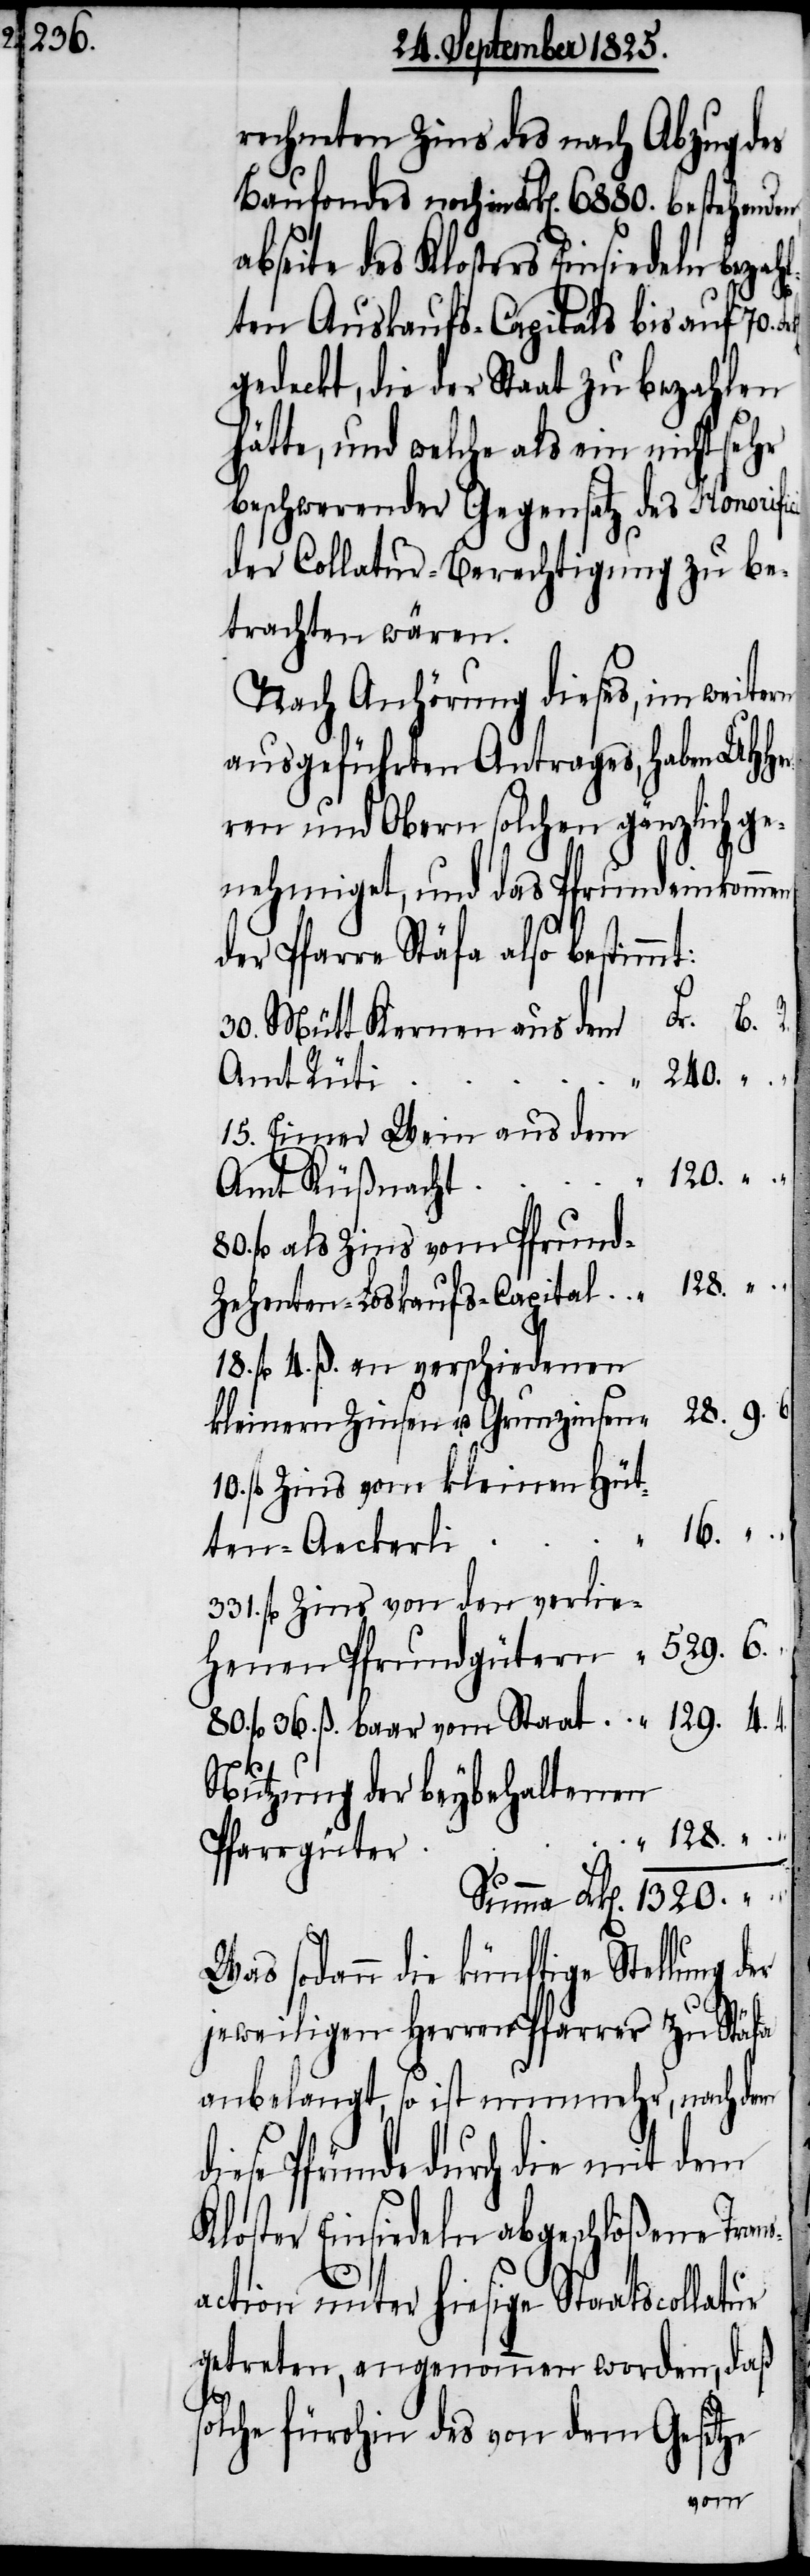
rechneten Zins des nach Abzug des
Baufondes noch im Frk[en]. 6880. bestehenden
abseite des Klosters Einsiedeln bezah¬
lten Auskaufs-Capitals bis auf 70.
gedeckt, die der Staat zu bezahlen
hätte, und welche als ein nicht sehr
beschwerender Gegensatz des Honorifici
der Collatur-Berechtigung zu be¬
trachten wären.
Nach Anhörung dieses, im weitern
ausgeführten Antrages, haben UHHe¬
rren und Obern solchen gänzlich ge¬
nehmiget, und das Pfrundeinkommen
der Pfarre Stäfa also bestimmt:
i	16.	“	“
30. Mütt Kernen aus dem
15. Eimer Wein aus dem
80. fl als Zins vom Pfrund-Z¬
18. fl. 4. ß. an verschiedenen
10. fl Zins vom kleinen Hüt¬
ten-Aeckerl¬
331. fl Zins von den verlie¬
80. fl 36. ß. baar vom Staat	129.	4	“
Nutzung der beybehaltenen
Was sodann die künftige Stellung
jeweiligen Herren Pfarrer zu Stäfa
anbelangt, so ist nunmehr, nach dem
diese Pfründe durch die mit dem
Kloster Einsiedeln abgeschloßene Trans¬
action unter hiesige Staatscollatur
getreten, angenommen worden, daß
solche fürohin des von dem Gesetze
henen